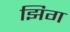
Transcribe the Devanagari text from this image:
झिग